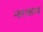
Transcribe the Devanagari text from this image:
नरकम